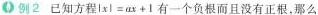
例2已知方程$$|x|=ax+1$$有一个负根而且没有正根，那么